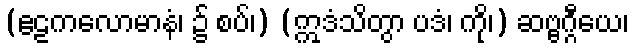
(ဧဠကလောမာနံ၊ ၌ စပ်၊) (ဣဒံသိတွာ ပဒံ၊ ကို၊) ဆဗ္ဗဂ္ဂီယေ၊